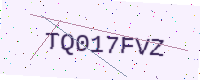
Text: TQ017FVZ